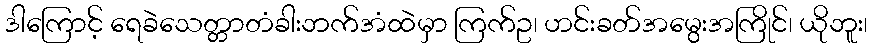
ဒါကြောင့် ရေခဲသေတ္တာတံခါးဘက်အံထဲမှာ ကြက်ဥ၊ ဟင်းခတ်အမွေးအကြိုင်၊ ယိုဘူး၊